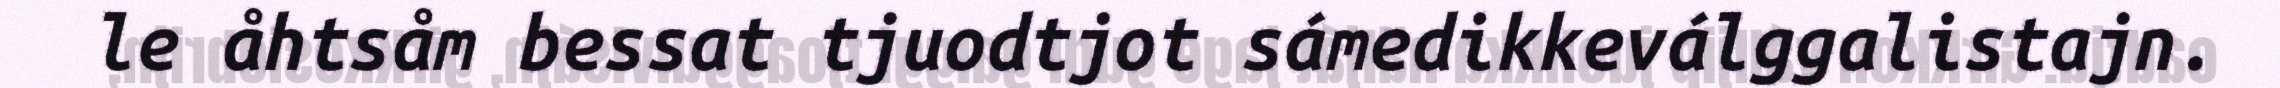
le åhtsåm bessat tjuodtjot sámedikkeválggalistajn.